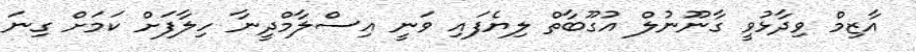
އާޒިމް ވިދާޅުވީ ގާނޫނުލް އުގޫބާތް ލިޔެފައި ވަނީ އިސްލާމްދީނާ ހިލާފަށް ކަމަށް ގިނަ